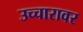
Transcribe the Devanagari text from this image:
उच्चारावर